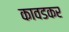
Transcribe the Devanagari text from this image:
कावडकर